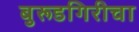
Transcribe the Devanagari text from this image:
बुरूडगिरीचा